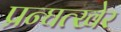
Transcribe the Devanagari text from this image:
प्रन्घत्खेर